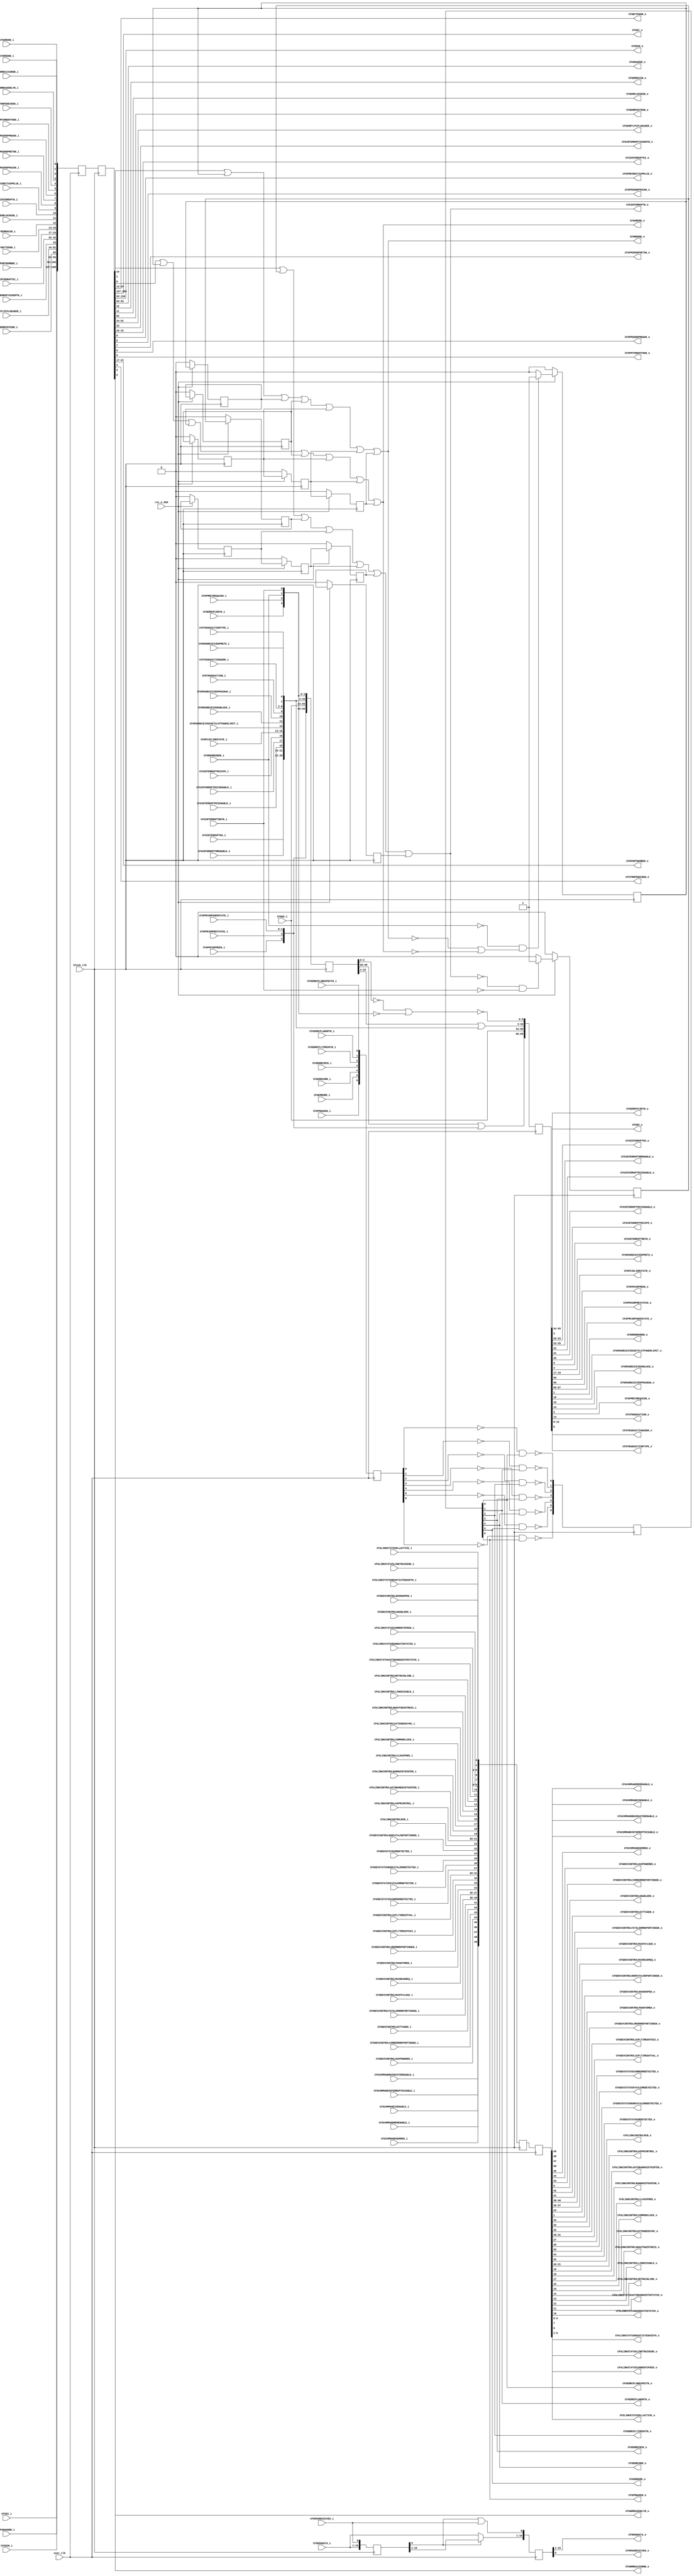
//-----------------------------------------------------------------------------
//
// (c) Copyright 2009-2011 Xilinx, Inc. All rights reserved.
//
// This file contains confidential and proprietary information
// of Xilinx, Inc. and is protected under U.S. and
// international copyright and other intellectual property
// laws.
//
// DISCLAIMER
// This disclaimer is not a license and does not grant any
// rights to the materials distributed herewith. Except as
// otherwise provided in a valid license issued to you by
// Xilinx, and to the maximum extent permitted by applicable
// law: (1) THESE MATERIALS ARE MADE AVAILABLE "AS IS" AND
// WITH ALL FAULTS, AND XILINX HEREBY DISCLAIMS ALL WARRANTIES
// AND CONDITIONS, EXPRESS, IMPLIED, OR STATUTORY, INCLUDING
// BUT NOT LIMITED TO WARRANTIES OF MERCHANTABILITY, NON-
// INFRINGEMENT, OR FITNESS FOR ANY PARTICULAR PURPOSE; and
// (2) Xilinx shall not be liable (whether in contract or tort,
// including negligence, or under any other theory of
// liability) for any loss or damage of any kind or nature
// related to, arising under or in connection with these
// materials, including for any direct, or any indirect,
// special, incidental, or consequential loss or damage
// (including loss of data, profits, goodwill, or any type of
// loss or damage suffered as a result of any action brought
// by a third party) even if such damage or loss was
// reasonably foreseeable or Xilinx had been advised of the
// possibility of the same.
//
// CRITICAL APPLICATIONS
// Xilinx products are not designed or intended to be fail-
// safe, or for use in any application requiring fail-safe
// performance, such as life-support or safety devices or
// systems, Class III medical devices, nuclear facilities,
// applications related to the deployment of airbags, or any
// other applications that could lead to death, personal
// injury, or severe property or environmental damage
// (individually and collectively, "Critical
// Applications"). Customer assumes the sole risk and
// liability of any use of Xilinx products in Critical
// Applications, subject only to applicable laws and
// regulations governing limitations on product liability.
//
// THIS COPYRIGHT NOTICE AND DISCLAIMER MUST BE RETAINED AS
// PART OF THIS FILE AT ALL TIMES.
//
//-----------------------------------------------------------------------------
// Project    : Virtex-6 Integrated Block for PCI Express
// Version    : 1.7
`timescale 1ps/1ps 


module pcie_cfg_128 #(
   parameter TCQ = 100
)(

   input           user_clk,
   input           block_clk,
   input           rst_n_500,

   input          CFGCOMMANDBUSMASTERENABLE_i, // Block output to input of here
   input          CFGCOMMANDINTERRUPTDISABLE_i,
   input          CFGCOMMANDIOENABLE_i,
   input          CFGCOMMANDMEMENABLE_i,
   input          CFGCOMMANDSERREN_i,
   input          CFGDEVCONTROLAUXPOWEREN_i,
   input          CFGDEVCONTROLCORRERRREPORTINGEN_i,
   input          CFGDEVCONTROLENABLERO_i,
   input          CFGDEVCONTROLEXTTAGEN_i,
   input          CFGDEVCONTROLFATALERRREPORTINGEN_i,
   input  [2:0]   CFGDEVCONTROLMAXPAYLOAD_i,
   input  [2:0]   CFGDEVCONTROLMAXREADREQ_i,
   input          CFGDEVCONTROLNONFATALREPORTINGEN_i,
   input          CFGDEVCONTROLNOSNOOPEN_i,
   input          CFGDEVCONTROLPHANTOMEN_i,
   input          CFGDEVCONTROLURERRREPORTINGEN_i,
   input          CFGDEVCONTROL2CPLTIMEOUTDIS_i,
   input  [3:0]   CFGDEVCONTROL2CPLTIMEOUTVAL_i,
   input          CFGDEVSTATUSCORRERRDETECTED_i,
   input          CFGDEVSTATUSFATALERRDETECTED_i,
   input          CFGDEVSTATUSNONFATALERRDETECTED_i,
   input          CFGDEVSTATUSURDETECTED_i,
   input  [31:0]  CFGDO_i,
   input          CFGERRCPLRDYN_i,
   input  [7:0]   CFGINTERRUPTDO_i,
   input  [2:0]   CFGINTERRUPTMMENABLE_i,
   input          CFGINTERRUPTMSIENABLE_i,
   input          CFGINTERRUPTMSIXENABLE_i,
   input          CFGINTERRUPTMSIXFM_i,
   input          CFGINTERRUPTRDYN_i,
   input          CFGLINKCONTROLRCB_i,
   input  [1:0]   CFGLINKCONTROLASPMCONTROL_i,
   input          CFGLINKCONTROLAUTOBANDWIDTHINTEN_i,
   input          CFGLINKCONTROLBANDWIDTHINTEN_i,
   input          CFGLINKCONTROLCLOCKPMEN_i,
   input          CFGLINKCONTROLCOMMONCLOCK_i,
   input          CFGLINKCONTROLEXTENDEDSYNC_i,
   input          CFGLINKCONTROLHWAUTOWIDTHDIS_i,
   input          CFGLINKCONTROLLINKDISABLE_i,
   input          CFGLINKCONTROLRETRAINLINK_i,
   input          CFGLINKSTATUSAUTOBANDWIDTHSTATUS_i,
   input          CFGLINKSTATUSBANDWITHSTATUS_i,
   input  [1:0]   CFGLINKSTATUSCURRENTSPEED_i,
   input          CFGLINKSTATUSDLLACTIVE_i,
   input          CFGLINKSTATUSLINKTRAINING_i,
   input  [3:0]   CFGLINKSTATUSNEGOTIATEDWIDTH_i,
   input  [15:0]  CFGMSGDATA_i,
   input          CFGMSGRECEIVED_i,
   input          CFGMSGRECEIVEDPMETO_i,
   input  [2:0]   CFGPCIELINKSTATE_i,
   input          CFGPMCSRPMEEN_i,
   input          CFGPMCSRPMESTATUS_i,
   input  [1:0]   CFGPMCSRPOWERSTATE_i,
   input          CFGRDWRDONEN_i,
  input          CFGMSGRECEIVEDSETSLOTPOWERLIMIT_i,
  input          CFGMSGRECEIVEDUNLOCK_i,
  input          CFGMSGRECEIVEDPMASNAK_i,
  input          CFGPMRCVREQACKN_i,
  input          CFGTRANSACTION_i,
  input  [6:0]   CFGTRANSACTIONADDR_i,
  input          CFGTRANSACTIONTYPE_i,

   output [3:0]   CFGBYTEENN_o,  //  output of here to Block input
   output [31:0]  CFGDI_o,
   output [63:0]  CFGDSN_o,
   output [9:0]   CFGDWADDR_o,
   output         CFGERRACSN_o,
   output         CFGERRCORN_o,
   output         CFGERRCPLABORTN_o,
   output         CFGERRCPLTIMEOUTN_o,
   output         CFGERRCPLUNEXPECTN_o,
   output         CFGERRECRCN_o,
   output         CFGERRLOCKEDN_o,
   output         CFGERRPOSTEDN_o,
   output [47:0]  CFGERRTLPCPLHEADER_o,
   output         CFGERRURN_o,
   output         CFGINTERRUPTASSERTN_o,
   output [7:0]   CFGINTERRUPTDI_o,
   output         CFGINTERRUPTN_o,
   output         CFGPMDIRECTASPML1N_o,
   output         CFGPMSENDPMACKN_o,
   output         CFGPMSENDPMETON_o,
   output         CFGPMSENDPMNAKN_o,
   output         CFGPMTURNOFFOKN_o,
   output         CFGPMWAKEN_o,
   output [7:0]   CFGPORTNUMBER_o,
   output         CFGRDENN_o,
   output         CFGTRNPENDINGN_o,
   output         CFGWRENN_o,
   output         CFGWRREADONLYN_o,
   output         CFGWRRW1CASRWN_o,


//--------------------------------------------------------


   output          CFGCOMMANDBUSMASTERENABLE_o, // output of here to input of user
   output          CFGCOMMANDINTERRUPTDISABLE_o,
   output          CFGCOMMANDIOENABLE_o,
   output          CFGCOMMANDMEMENABLE_o,
   output          CFGCOMMANDSERREN_o,
   output          CFGDEVCONTROLAUXPOWEREN_o,
   output          CFGDEVCONTROLCORRERRREPORTINGEN_o,
   output          CFGDEVCONTROLENABLERO_o,
   output          CFGDEVCONTROLEXTTAGEN_o,
   output          CFGDEVCONTROLFATALERRREPORTINGEN_o,
   output  [2:0]   CFGDEVCONTROLMAXPAYLOAD_o,
   output  [2:0]   CFGDEVCONTROLMAXREADREQ_o,
   output          CFGDEVCONTROLNONFATALREPORTINGEN_o,
   output          CFGDEVCONTROLNOSNOOPEN_o,
   output          CFGDEVCONTROLPHANTOMEN_o,
   output          CFGDEVCONTROLURERRREPORTINGEN_o,
   output          CFGDEVCONTROL2CPLTIMEOUTDIS_o,
   output  [3:0]   CFGDEVCONTROL2CPLTIMEOUTVAL_o,
   output          CFGDEVSTATUSCORRERRDETECTED_o,
   output          CFGDEVSTATUSFATALERRDETECTED_o,
   output          CFGDEVSTATUSNONFATALERRDETECTED_o,
   output          CFGDEVSTATUSURDETECTED_o,
   output  [31:0]  CFGDO_o,
   output          CFGERRCPLRDYN_o,
   output  [7:0]   CFGINTERRUPTDO_o,
   output  [2:0]   CFGINTERRUPTMMENABLE_o,
   output          CFGINTERRUPTMSIENABLE_o,
   output          CFGINTERRUPTMSIXENABLE_o,
   output          CFGINTERRUPTMSIXFM_o,
   output          CFGINTERRUPTRDYN_o,
   output          CFGLINKCONTROLRCB_o,
   output  [1:0]   CFGLINKCONTROLASPMCONTROL_o,
   output          CFGLINKCONTROLAUTOBANDWIDTHINTEN_o,
   output          CFGLINKCONTROLBANDWIDTHINTEN_o,
   output          CFGLINKCONTROLCLOCKPMEN_o,
   output          CFGLINKCONTROLCOMMONCLOCK_o,
   output          CFGLINKCONTROLEXTENDEDSYNC_o,
   output          CFGLINKCONTROLHWAUTOWIDTHDIS_o,
   output          CFGLINKCONTROLLINKDISABLE_o,
   output          CFGLINKCONTROLRETRAINLINK_o,
   output          CFGLINKSTATUSAUTOBANDWIDTHSTATUS_o,
   output          CFGLINKSTATUSBANDWITHSTATUS_o,
   output  [1:0]   CFGLINKSTATUSCURRENTSPEED_o,
   output          CFGLINKSTATUSDLLACTIVE_o,
   output          CFGLINKSTATUSLINKTRAINING_o,
   output  [3:0]   CFGLINKSTATUSNEGOTIATEDWIDTH_o,
   output  [15:0]  CFGMSGDATA_o,
   output          CFGMSGRECEIVED_o,
   output          CFGMSGRECEIVEDPMETO_o,
   output  [2:0]   CFGPCIELINKSTATE_o,
   output          CFGPMCSRPMEEN_o,
   output          CFGPMCSRPMESTATUS_o,
   output  [1:0]   CFGPMCSRPOWERSTATE_o,
   output          CFGRDWRDONEN_o,
  output          CFGMSGRECEIVEDSETSLOTPOWERLIMIT_o,
  output          CFGMSGRECEIVEDUNLOCK_o,
  output          CFGMSGRECEIVEDPMASNAK_o,
  output          CFGPMRCVREQACKN_o,
  output          CFGTRANSACTION_o,
  output  [6:0]   CFGTRANSACTIONADDR_o,
  output          CFGTRANSACTIONTYPE_o,


   input   [3:0]   CFGBYTEENN_i, // output of user to input of here 
   input   [31:0]  CFGDI_i,
   input   [63:0]  CFGDSN_i,
   input   [9:0]   CFGDWADDR_i,
   input           CFGERRACSN_i,
   input           CFGERRCORN_i,
   input           CFGERRCPLABORTN_i,
   input           CFGERRCPLTIMEOUTN_i,
   input           CFGERRCPLUNEXPECTN_i,
   input           CFGERRECRCN_i,
   input           CFGERRLOCKEDN_i,
   input           CFGERRPOSTEDN_i,
   input   [47:0]  CFGERRTLPCPLHEADER_i,
   input           CFGERRURN_i,
   input           CFGINTERRUPTASSERTN_i,
   input   [7:0]   CFGINTERRUPTDI_i,
   input           CFGINTERRUPTN_i,
   input           CFGPMDIRECTASPML1N_i,
   input           CFGPMSENDPMACKN_i,
   input           CFGPMSENDPMETON_i,
   input           CFGPMSENDPMNAKN_i,
   input           CFGPMTURNOFFOKN_i,
   input           CFGPMWAKEN_i,
   input   [7:0]   CFGPORTNUMBER_i,
   input           CFGRDENN_i,
   input           CFGTRNPENDINGN_i,
   input           CFGWRENN_i,
   input           CFGWRREADONLYN_i,
   input           CFGWRRW1CASRWN_i

);

   wire   [6:0]        user_250_sp;
   reg    [6:0]        user_250_sp_d;        // clk@250
   reg    [6:0]        user_250_sp_d_toggle; // 1cycle @500

   wire   [69:0]       block_500_sp;
   reg    [69:0]       block_500_sp_d;       // clk@500
   reg    [69:0]       block_500_sp_d_held;  // held @250


   wire   [189:0]      user_250;       // user         to block input
   reg    [189:0]      user_250_d;     // clk @250
   reg    [189:0]      user_250_d_500; // clk @250

   wire   [49:0]       block_500;       // block output to user
   reg    [49:0]       block_500_d;     // clk @500
   reg    [49:0]       block_500_d_250; // clk @250

   reg    [16:0]       block_500_msg_d;
   reg    [16:0]       block_500_msg_d_held;

   reg ignore_rdwr;
   reg ignore_rdwr_d;
   reg ignore_rdwr_d2;
   reg ignore_rdwr_d3;
   reg ignore_rdwr_d4;
   reg ignore_rdwr_d5;

   reg ignore_int;
   reg ignore_int_d;
   reg ignore_int_d2;
   reg ignore_int_d3;
   reg ignore_int_d4;
   reg ignore_int_d5;


///////////////////////////////////////////////////////////////////////
// a - inputs to Block = 198
//////////////////////////////////////////////////////////////////////////
assign #TCQ user_250 = {
      CFGDI_i, CFGDSN_i,                       // 32 + 64
      CFGDWADDR_i,  			       // 10 
      CFGERRPOSTEDN_i, CFGERRTLPCPLHEADER_i,   // 1 + 48
      CFGINTERRUPTASSERTN_i, CFGINTERRUPTDI_i, // 1 + 8
      CFGPORTNUMBER_i,                         // 8
      CFGBYTEENN_i, CFGERRACSN_i,              // 4 + 1
      CFGERRLOCKEDN_i, CFGINTERRUPTN_i,
      CFGPMDIRECTASPML1N_i, CFGPMSENDPMACKN_i,
      CFGPMSENDPMETON_i, CFGPMSENDPMNAKN_i,
      CFGPMTURNOFFOKN_i, CFGTRNPENDINGN_i, 
      CFGWRREADONLYN_i, CFGWRRW1CASRWN_i,
      CFGRDENN_i, CFGWRENN_i

};


   always @(posedge user_clk)
   begin
      user_250_d <= #TCQ user_250;
   end


   always @(posedge block_clk)
   begin
      user_250_d_500 <= #TCQ user_250_d;
   end

   assign CFGDI_o                    = user_250_d_500[188:157]; // 32
   assign CFGDSN_o                   = user_250_d_500[156:93]; // 64
   assign CFGDWADDR_o                = user_250_d_500[92:83]; // 10
   assign CFGERRPOSTEDN_o            = user_250_d_500[82];
   assign CFGERRTLPCPLHEADER_o       = user_250_d_500[81:34];   // 48
   assign CFGINTERRUPTASSERTN_o      = user_250_d_500[33];
   assign CFGINTERRUPTDI_o           = user_250_d_500[32:25];   // 8
   assign CFGPORTNUMBER_o            = user_250_d_500[24:17];   // 8
   assign CFGBYTEENN_o               = user_250_d_500[16:13];   // 4
   assign CFGERRACSN_o               = user_250_d_500[12];
   assign CFGERRLOCKEDN_o            = user_250_d_500[11];
//   assign CFGINTERRUPTN_o            = user_250_d_500[10];
   assign CFGPMDIRECTASPML1N_o       = user_250_d_500[9];
   assign CFGPMSENDPMACKN_o          = user_250_d_500[8];
   assign CFGPMSENDPMETON_o          = user_250_d_500[7];
   assign CFGPMSENDPMNAKN_o          = user_250_d_500[6];
   assign CFGPMTURNOFFOKN_o          = user_250_d_500[5];
   assign CFGTRNPENDINGN_o           = user_250_d_500[4];
   assign CFGWRREADONLYN_o           = user_250_d_500[3];
   assign CFGWRRW1CASRWN_o           = user_250_d_500[2];
//   assign CFGRDENN_o                 = user_250_d_500[1];
//   assign CFGWRENN_o                 = user_250_d_500[0];

   assign CFGINTERRUPTN_o            = user_250_d_500[10] | ignore_int | ignore_int_d | ignore_int_d2 | ignore_int_d3 | ignore_int_d4 | ignore_int_d5;

   assign CFGRDENN_o                 = user_250_d_500[1] | ignore_rdwr | ignore_rdwr_d | ignore_rdwr_d2 | ignore_rdwr_d3 | ignore_rdwr_d4 | ignore_rdwr_d5;
   assign CFGWRENN_o                 = user_250_d_500[0] | ignore_rdwr | ignore_rdwr_d | ignore_rdwr_d2 | ignore_rdwr_d3 | ignore_rdwr_d4 | ignore_rdwr_d5;




always @(posedge block_clk)
begin
   if (~rst_n_500)
   begin
      ignore_rdwr    <= #TCQ 0;
      ignore_rdwr_d  <= #TCQ 0;
      ignore_rdwr_d2 <= #TCQ 0;
      ignore_rdwr_d3 <= #TCQ 0;
      ignore_rdwr_d4 <= #TCQ 0;
      ignore_rdwr_d5 <= #TCQ 0;
   end else begin
      if (~CFGRDWRDONEN_i & (~CFGRDENN_o | ~CFGWRENN_o) )
         ignore_rdwr   <= #TCQ 1;
      else 
         ignore_rdwr   <= #TCQ 0;

      ignore_rdwr_d    <= #TCQ ignore_rdwr;
      ignore_rdwr_d2   <= #TCQ ignore_rdwr_d;
      ignore_rdwr_d3   <= #TCQ ignore_rdwr_d2;
      ignore_rdwr_d4   <= #TCQ ignore_rdwr_d3;
      ignore_rdwr_d5   <= #TCQ ignore_rdwr_d4;
   end
end


always @(posedge block_clk)
begin
   if (~rst_n_500)
   begin
      ignore_int      <= #TCQ 0;
      ignore_int_d    <= #TCQ 0;
      ignore_int_d2   <= #TCQ 0;
      ignore_int_d3   <= #TCQ 0;
      ignore_int_d4   <= #TCQ 0;
      ignore_int_d5   <= #TCQ 0;

   end else begin
      if (~CFGINTERRUPTN_o & ~CFGINTERRUPTRDYN_i) 
         ignore_int   <= #TCQ 1;
      else
         ignore_int   <= #TCQ 0;

      ignore_int_d    <= #TCQ ignore_int;
      ignore_int_d2   <= #TCQ ignore_int_d;
      ignore_int_d3   <= #TCQ ignore_int_d2;
      ignore_int_d4   <= #TCQ ignore_int_d3;
      ignore_int_d5   <= #TCQ ignore_int_d4;
   end
end






//////////////////////////////////////////////////////////////////////////
// c - output from Block = 121
//////////////////////////////////////////////////////////////////////////

assign #TCQ block_500 = {

    CFGCOMMANDBUSMASTERENABLE_i,       
    CFGCOMMANDINTERRUPTDISABLE_i,      
    CFGCOMMANDIOENABLE_i,              
    CFGCOMMANDMEMENABLE_i,             
    CFGCOMMANDSERREN_i,                
    CFGDEVCONTROLAUXPOWEREN_i,         
    CFGDEVCONTROLCORRERRREPORTINGEN_i, 
    CFGDEVCONTROLEXTTAGEN_i,           
    CFGDEVCONTROLFATALERRREPORTINGEN_i,
    CFGDEVCONTROLMAXPAYLOAD_i,           // 3
    CFGDEVCONTROLMAXREADREQ_i,           // 3
    CFGDEVCONTROLPHANTOMEN_i,          
    CFGDEVCONTROLURERRREPORTINGEN_i,  
    CFGDEVCONTROL2CPLTIMEOUTDIS_i,     
    CFGDEVCONTROL2CPLTIMEOUTVAL_i,       // 4
    CFGDEVSTATUSCORRERRDETECTED_i,     
    CFGDEVSTATUSFATALERRDETECTED_i,    
    CFGDEVSTATUSNONFATALERRDETECTED_i, 
    CFGDEVSTATUSURDETECTED_i,          
    CFGDEVCONTROLNONFATALREPORTINGEN_i,
    CFGLINKCONTROLRCB_i,               
    CFGLINKCONTROLASPMCONTROL_i,         // 2
    CFGLINKCONTROLAUTOBANDWIDTHINTEN_i,
    CFGLINKCONTROLBANDWIDTHINTEN_i,    
    CFGLINKCONTROLCLOCKPMEN_i,         
    CFGLINKCONTROLCOMMONCLOCK_i,       
    CFGLINKCONTROLEXTENDEDSYNC_i,      
    CFGLINKCONTROLHWAUTOWIDTHDIS_i,    
    CFGLINKCONTROLLINKDISABLE_i,      
    CFGLINKCONTROLRETRAINLINK_i,      
    CFGLINKSTATUSAUTOBANDWIDTHSTATUS_i,
    CFGLINKSTATUSBANDWITHSTATUS_i,     
    CFGLINKSTATUSCURRENTSPEED_i,        // 2
    CFGLINKSTATUSDLLACTIVE_i,          
    CFGLINKSTATUSLINKTRAINING_i,       
    CFGLINKSTATUSNEGOTIATEDWIDTH_i,     // 4
    CFGDEVCONTROLNOSNOOPEN_i,          
    CFGDEVCONTROLENABLERO_i            

  };


   always @(posedge block_clk)
   begin
      block_500_d     <= #TCQ block_500;
   end

   always @(posedge user_clk)
   begin
      block_500_d_250 <= #TCQ block_500_d;
   end


   assign CFGCOMMANDBUSMASTERENABLE_o        = block_500_d_250[49];
   assign CFGCOMMANDINTERRUPTDISABLE_o       = block_500_d_250[48];
   assign CFGCOMMANDIOENABLE_o               = block_500_d_250[47];
   assign CFGCOMMANDMEMENABLE_o              = block_500_d_250[46];
   assign CFGCOMMANDSERREN_o                 = block_500_d_250[45];
   assign CFGDEVCONTROLAUXPOWEREN_o          = block_500_d_250[44];
   assign CFGDEVCONTROLCORRERRREPORTINGEN_o  = block_500_d_250[43];
   assign CFGDEVCONTROLEXTTAGEN_o            = block_500_d_250[42];
   assign CFGDEVCONTROLFATALERRREPORTINGEN_o = block_500_d_250[41];
   assign CFGDEVCONTROLMAXPAYLOAD_o          = block_500_d_250[40:38];// 3
   assign CFGDEVCONTROLMAXREADREQ_o          = block_500_d_250[37:35];// 3
   assign CFGDEVCONTROLPHANTOMEN_o           = block_500_d_250[34];
   assign CFGDEVCONTROLURERRREPORTINGEN_o    = block_500_d_250[33];
   assign CFGDEVCONTROL2CPLTIMEOUTDIS_o      = block_500_d_250[32];
   assign CFGDEVCONTROL2CPLTIMEOUTVAL_o      = block_500_d_250[31:28];// 4
   assign CFGDEVSTATUSCORRERRDETECTED_o      = block_500_d_250[27];
   assign CFGDEVSTATUSFATALERRDETECTED_o     = block_500_d_250[26];
   assign CFGDEVSTATUSNONFATALERRDETECTED_o  = block_500_d_250[25];
   assign CFGDEVSTATUSURDETECTED_o           = block_500_d_250[24];
   assign CFGDEVCONTROLNONFATALREPORTINGEN_o = block_500_d_250[23];

   assign CFGLINKCONTROLRCB_o                = block_500_d_250[22];
   assign CFGLINKCONTROLASPMCONTROL_o        = block_500_d_250[21:20];  // 2
   assign CFGLINKCONTROLAUTOBANDWIDTHINTEN_o = block_500_d_250[19];
   assign CFGLINKCONTROLBANDWIDTHINTEN_o     = block_500_d_250[18];
   assign CFGLINKCONTROLCLOCKPMEN_o          = block_500_d_250[17];
   assign CFGLINKCONTROLCOMMONCLOCK_o        = block_500_d_250[16];
   assign CFGLINKCONTROLEXTENDEDSYNC_o       = block_500_d_250[15];
   assign CFGLINKCONTROLHWAUTOWIDTHDIS_o     = block_500_d_250[14];
   assign CFGLINKCONTROLLINKDISABLE_o        = block_500_d_250[13];
   assign CFGLINKCONTROLRETRAINLINK_o        = block_500_d_250[12];
   assign CFGLINKSTATUSAUTOBANDWIDTHSTATUS_o = block_500_d_250[11];
   assign CFGLINKSTATUSBANDWITHSTATUS_o      = block_500_d_250[10];
   assign CFGLINKSTATUSCURRENTSPEED_o        = block_500_d_250[9:8];  // 2
   assign CFGLINKSTATUSDLLACTIVE_o           = block_500_d_250[7];
   assign CFGLINKSTATUSLINKTRAINING_o        = block_500_d_250[6];
   assign CFGLINKSTATUSNEGOTIATEDWIDTH_o     = block_500_d_250[5:2];  // 4
   assign CFGDEVCONTROLNOSNOOPEN_o           = block_500_d_250[1];
   assign CFGDEVCONTROLENABLERO_o            = block_500_d_250[0];








//////////////////////////////////////////////////////////////////////////
// b = 7bit input where 1 cycle assertion @250 = 1 cycle assertion @500
//////////////////////////////////////////////////////////////////////////
assign #TCQ user_250_sp = {
       CFGPMWAKEN_i, CFGERRURN_i,
       CFGERRCORN_i, CFGERRECRCN_i, 
       CFGERRCPLTIMEOUTN_i, CFGERRCPLABORTN_i,
       CFGERRCPLUNEXPECTN_i
};


   always @(posedge user_clk)
   begin
      user_250_sp_d <= #TCQ user_250_sp;
   end


   always @(posedge block_clk)
   begin
      user_250_sp_d_toggle[0] <= #TCQ ~(~user_250_sp_d[0] &
                                         user_250_sp_d_toggle[0]);
      user_250_sp_d_toggle[1] <= #TCQ ~(~user_250_sp_d[1] &
                                         user_250_sp_d_toggle[1]);
      user_250_sp_d_toggle[2] <= #TCQ ~(~user_250_sp_d[2] &
                                         user_250_sp_d_toggle[2]);
      user_250_sp_d_toggle[3] <= #TCQ ~(~user_250_sp_d[3] &
                                         user_250_sp_d_toggle[3]);
      user_250_sp_d_toggle[4] <= #TCQ ~(~user_250_sp_d[4] &
                                         user_250_sp_d_toggle[4]);
      user_250_sp_d_toggle[5] <= #TCQ ~(~user_250_sp_d[5] &
                                         user_250_sp_d_toggle[5]);
      user_250_sp_d_toggle[6] <= #TCQ ~(~user_250_sp_d[6] &
                                         user_250_sp_d_toggle[6]);
   end





   assign CFGPMWAKEN_o         = user_250_sp_d_toggle[6];
   assign CFGERRURN_o          = user_250_sp_d_toggle[5];
   assign CFGERRCORN_o         = user_250_sp_d_toggle[4];
   assign CFGERRECRCN_o        = user_250_sp_d_toggle[3];
   assign CFGERRCPLTIMEOUTN_o  = user_250_sp_d_toggle[2];
   assign CFGERRCPLABORTN_o    = user_250_sp_d_toggle[1];
   assign CFGERRCPLUNEXPECTN_o = user_250_sp_d_toggle[0];



//////////////////////////////////////////////////////////////////////////
// d = 16bit output where 1 cycle assertion @500 = 1 cycle assertion @250
// This category is for signals that can pulse for 1 cycle @500
//////////////////////////////////////////////////////////////////////////
assign #TCQ block_500_sp = {

    CFGPMCSRPMEEN_i,                   
    CFGPMCSRPMESTATUS_i,               
    CFGPMCSRPOWERSTATE_i,                // 2
    CFGDO_i,                             // 32
    CFGINTERRUPTDO_i,                    // 8
    CFGINTERRUPTMMENABLE_i,              // 3
    CFGINTERRUPTMSIENABLE_i,          
    CFGINTERRUPTMSIXENABLE_i,         
    CFGINTERRUPTMSIXFM_i,             
    CFGPCIELINKSTATE_i,                  // 3
    CFGMSGRECEIVEDSETSLOTPOWERLIMIT_i,
    CFGMSGRECEIVEDUNLOCK_i,          
    CFGMSGRECEIVEDPMASNAK_i,           
    CFGTRANSACTION_i,                   
    CFGTRANSACTIONADDR_i,                // 7
    CFGTRANSACTIONTYPE_i,              
    CFGMSGRECEIVEDPMETO_i,            

    CFGERRCPLRDYN_i,                   
    CFGPMRCVREQACKN_i,               
    CFGRDWRDONEN_i,                    
    CFGINTERRUPTRDYN_i                

};


   always @(posedge block_clk)
   begin
      block_500_sp_d <= #TCQ block_500_sp;
   end

   always @(posedge user_clk)
   begin

     block_500_sp_d_held[69:66] <= #TCQ (block_500_sp_d[69:66] | block_500_sp[69:66]);

     block_500_sp_d_held[65:34] <= #TCQ (block_500_sp[65:34]); // CFGDO

     block_500_sp_d_held[33:4] <= #TCQ (block_500_sp_d[33:4] | block_500_sp[33:4]);
     block_500_sp_d_held[3:0] <= #TCQ ~(~block_500_sp_d[3:0] | ~block_500_sp[3:0]);
   end


   assign CFGPMCSRPMEEN_o                    = block_500_sp_d_held[69];
   assign CFGPMCSRPMESTATUS_o                = block_500_sp_d_held[68];
   assign CFGPMCSRPOWERSTATE_o               = block_500_sp_d_held[67:66]; // 2
   assign CFGDO_o                            = block_500_sp_d_held[65:34]; // 32
   assign CFGINTERRUPTDO_o                   = block_500_sp_d_held[33:26]; // 8
   assign CFGINTERRUPTMMENABLE_o             = block_500_sp_d_held[25:23]; // 3
   assign CFGINTERRUPTMSIENABLE_o            = block_500_sp_d_held[22];
   assign CFGINTERRUPTMSIXENABLE_o           = block_500_sp_d_held[21];
   assign CFGINTERRUPTMSIXFM_o               = block_500_sp_d_held[20];
   assign CFGPCIELINKSTATE_o                 = block_500_sp_d_held[19:17]; // 3
   assign CFGMSGRECEIVEDSETSLOTPOWERLIMIT_o  = block_500_sp_d_held[16];
   assign CFGMSGRECEIVEDUNLOCK_o             = block_500_sp_d_held[15];
   assign CFGMSGRECEIVEDPMASNAK_o            = block_500_sp_d_held[14];
   assign CFGTRANSACTION_o                   = block_500_sp_d_held[13]; 
   assign CFGTRANSACTIONADDR_o               = block_500_sp_d_held[12:6]; // 7
   assign CFGTRANSACTIONTYPE_o               = block_500_sp_d_held[5];
   assign CFGMSGRECEIVEDPMETO_o              = block_500_sp_d_held[4];

   assign CFGERRCPLRDYN_o                    = block_500_sp_d_held[3];
   assign CFGPMRCVREQACKN_o                  = block_500_sp_d_held[2];
   assign CFGRDWRDONEN_o                     = block_500_sp_d_held[1];
   assign CFGINTERRUPTRDYN_o                 = block_500_sp_d_held[0];



   always @(posedge block_clk)
   begin
      block_500_msg_d[16:1] <= #TCQ CFGMSGDATA_i;
      block_500_msg_d[0] <= #TCQ CFGMSGRECEIVED_i;
   end

   always @(posedge user_clk)
   begin
      block_500_msg_d_held[16:1] <= #TCQ
          (block_500_msg_d[0] ? block_500_msg_d[16:1] : CFGMSGDATA_i);

      block_500_msg_d_held[0] <= #TCQ (block_500_msg_d[0] | CFGMSGRECEIVED_i);
   end

   assign CFGMSGDATA_o                     = block_500_msg_d_held[16:1]; // 16
   assign CFGMSGRECEIVED_o                 = block_500_msg_d_held[0]; 









endmodule